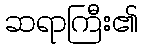
ဆရာကြီး၏